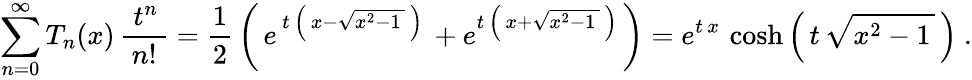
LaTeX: \sum_{n=0}^{\infty}T_{n}(x)\, {\frac{\; t^{n}\, }{n!}}={\frac{1}{2}}\left(\, e^{\, t\, \left(\, x-{\sqrt{x^{2}-1\, }}\, \right)\, }+e^{t\, \left(\, x+{\sqrt{x^{2}-1\, }}\, \right)}\, \right)=e^{t\, x}\, \cosh\left(\, t\, {\sqrt{x^{2}-1\, }}\, \right)~.